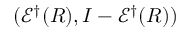
( { \mathcal { E } } ^ { \dagger } ( R ) , I - { \mathcal { E } } ^ { \dagger } ( R ) )